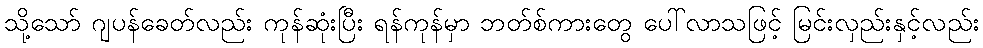
သို့သော် ဂျပန်ခေတ်လည်း ကုန်ဆုံးပြီး ရန်ကုန်မှာ ဘတ်စ်ကားတွေ ပေါ်လာသဖြင့် မြင်းလှည်းနှင့်လည်း